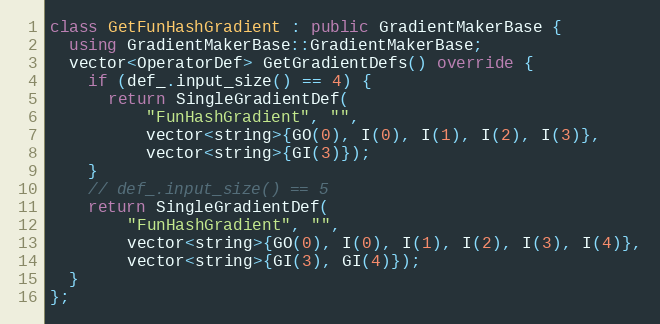
Language: C++
class GetFunHashGradient : public GradientMakerBase {
  using GradientMakerBase::GradientMakerBase;
  vector<OperatorDef> GetGradientDefs() override {
    if (def_.input_size() == 4) {
      return SingleGradientDef(
          "FunHashGradient", "",
          vector<string>{GO(0), I(0), I(1), I(2), I(3)},
          vector<string>{GI(3)});
    }
    // def_.input_size() == 5
    return SingleGradientDef(
        "FunHashGradient", "",
        vector<string>{GO(0), I(0), I(1), I(2), I(3), I(4)},
        vector<string>{GI(3), GI(4)});
  }
};